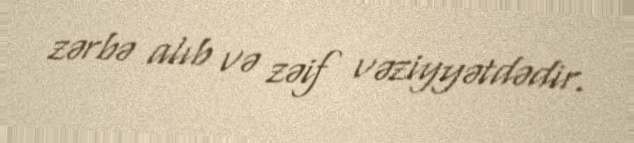
zərbə alıb və zəif vəziyyətdədir.